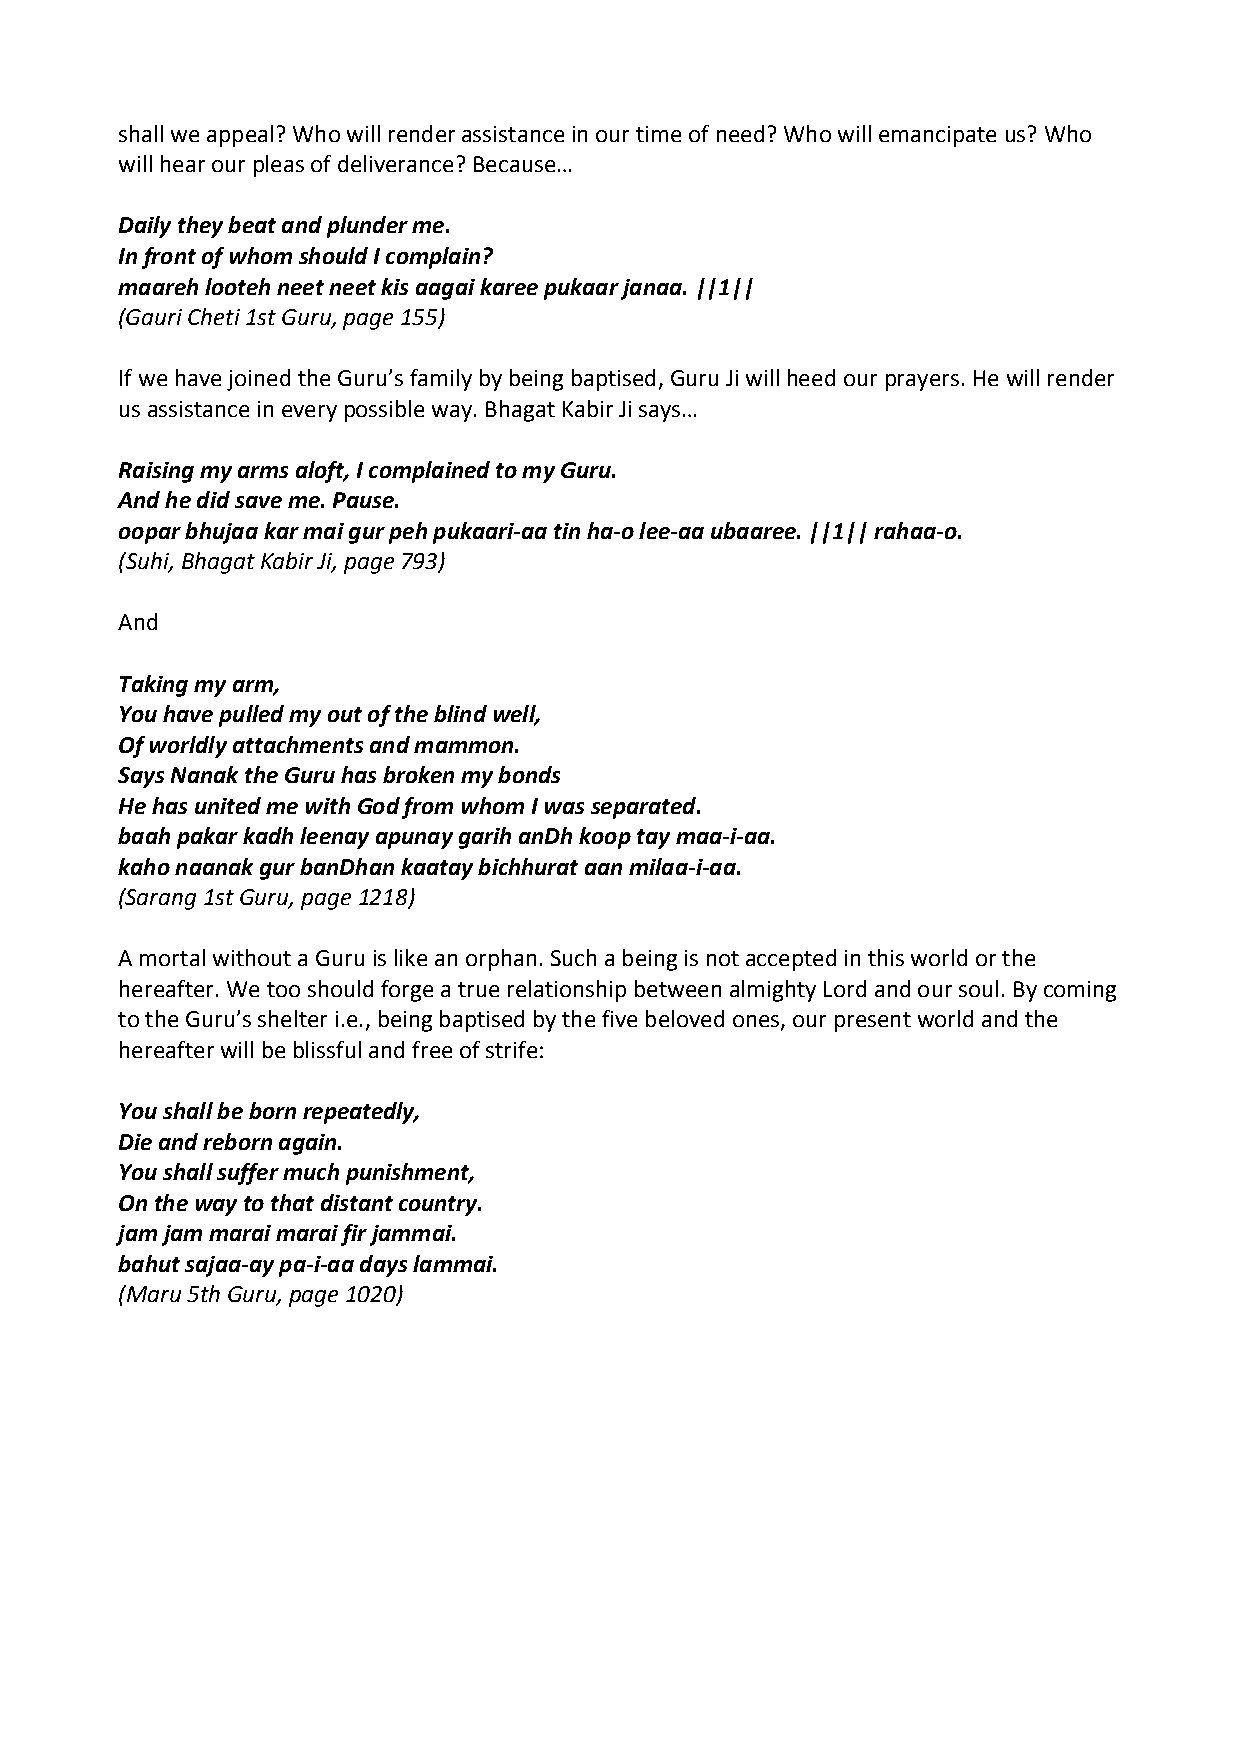
shall we appeal? Who will render assistance in our time of need? Who will emancipate us? Who
 will hear our pleas of deliverance? Because…
 Daily they beat and plunder me.
 In front of whom should I complain?
 maareh looteh neet neet kis aagai karee pukaar janaa. ||1||
 (Gauri Cheti 1st Guru, page 155)
 If we have joined the Guru’s family by being baptised, Guru Ji will heed our prayers. He will render
 us assistance in every possible way. Bhagat Kabir Ji says…
 Raising my arms aloft, I complained to my Guru.
 And he did save me. Pause.
 oopar bhujaa kar mai gur peh pukaari‐aa tin ha‐o lee‐aa ubaaree. ||1|| rahaa‐o.
 (Suhi, Bhagat Kabir Ji, page 793)
 And
 Taking my arm,
 You have pulled my out of the blind well,
 Of worldly attachments and mammon.
 Says Nanak the Guru has broken my bonds
 He has united me with God from whom I was separated.
 baah pakar kadh leenay apunay garih anDh koop tay maa‐i‐aa.
 kaho naanak gur banDhan kaatay bichhurat aan milaa‐i‐aa.
 (Sarang 1st Guru, page 1218)
 A mortal without a Guru is like an orphan. Such a being is not accepted in this world or the
 hereafter. We too should forge a true relationship between almighty Lord and our soul. By coming
 to the Guru’s shelter i.e., being baptised by the five beloved ones, our present world and the
 hereafter will be blissful and free of strife:
 You shall be born repeatedly,
 Die and reborn again.
 You shall suffer much punishment,
 On the way to that distant country.
 jam jam marai marai fir jammai.
 bahut sajaa‐ay pa‐i‐aa days lammai.
 (Maru 5th Guru, page 1020)